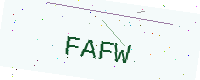
Text: FAFW